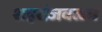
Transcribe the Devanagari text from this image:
शहरांजवळच